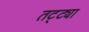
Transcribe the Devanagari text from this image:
तट्ट्या